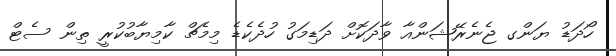
ހޯދަޑު ޔަންގ ޖެނެރޭޝަންއާ ވާދަކޮށް ދަޑިމަގު ހުދެކެޑެ މިމެޗް ކާމިޔާބުކުރީ ތިން ސެޓް